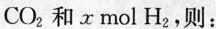
CO_{2}和x mol H_{2}，则：